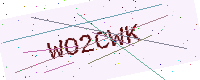
Text: WO2CWK